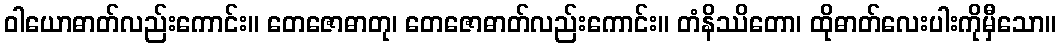
ဝါယောဓာတ်လည်းကောင်း။ တေဇောဓာတု၊ တေဇောဓာတ်လည်းကောင်း။ တံနိဿိတော၊ ထိုဓာတ်လေးပါးကိုမှီသော။